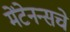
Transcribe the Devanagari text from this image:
मेंटेनन्सचे